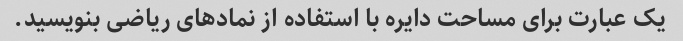
یک عبارت برای مساحت دایره با استفاده از نمادهای ریاضی بنویسید.